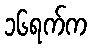
၁၆ရက်က